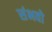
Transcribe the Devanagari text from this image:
संभवो